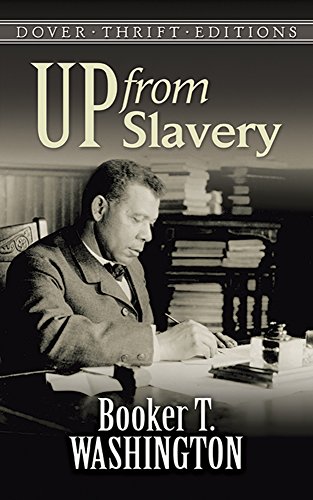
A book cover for Up from Slavery (Dover Thrift Editions); Booker T. Washington; Biographies & Memoirs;